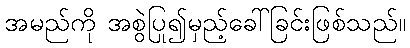
အမည်ကို အစွဲပြု၍မှည့်ခေါ်ခြင်းဖြစ်သည်။